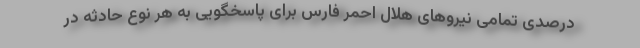
درصدی تمامی نیروهای هلال احمر فارس برای پاسخگویی به هر نوع حادثه در